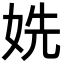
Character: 姺